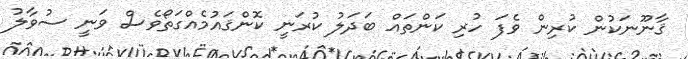
ޤާނޫނަކުން ކުރިން ވެފަ ހުރި ކަންތައް ބަދަލު ކުރަނީ ކޮންޤައުމެއްގަތޯވެސް ވަނީ ސުވާލު